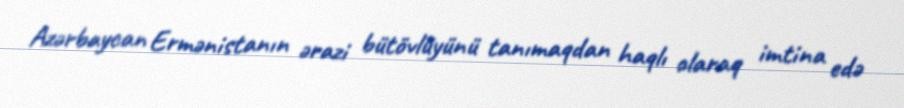
Azərbaycan Ermənistanın ərazi bütövlüyünü tanımaqdan haqlı olaraq imtina edə